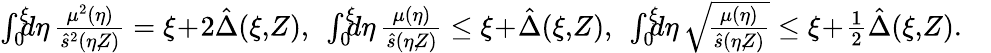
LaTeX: \begin{array}{r}{\int_{0}^{\xi}\! \! \! d\eta\, \frac{\mu^{2}(\eta)}{\hat{s}^{2}(\eta,\! Z)}=\xi\! +\! 2\hat{\Delta}(\xi,\! Z),\: \: \int_{0}^{\xi}\! \! \! d\eta\, \frac{\mu(\eta)}{\hat{s}(\eta,\! Z)}\le\xi\! +\! \hat{\Delta}(\xi,\! Z),\: \: \int_{0}^{\xi}\! \! \! d\eta\, \sqrt{\! \frac{\mu(\eta)}{\hat{s}(\eta,\! Z)}}\le\xi\! +\! \frac 12\hat{\Delta}(\xi,\! Z).\quad}\end{array}